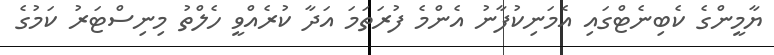
ޔާމީންގެ ކެބިނެޓްގައި އެމަނިކުފާނު އެންމެ ފުރަތަމަ އަދާ ކުރެއްވީ ހެލްތު މިިނިސްޓަރު ކަމުގެ